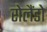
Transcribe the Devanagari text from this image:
रोलैंडो